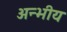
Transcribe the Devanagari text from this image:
अन्भीय